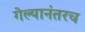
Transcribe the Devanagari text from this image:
गेल्यानंतरच